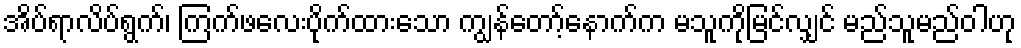
အိပ်ရာလိပ်ရွက်၊ ကြက်ဖလေးပိုက်ထားသော ကျွန်တော့်နောက်က မသူကိုမြင်လျှင် မည်သူမည်ဝါဟု